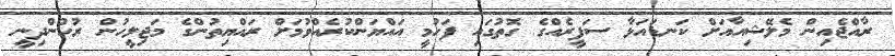
ރާއްޖެއިން މެލޭޝިއާއަށް ކަނޑައަޅާ ސަފީރެއްގެ ގޮތުގައި ފަހުމީ އައްޔަންކުރެއްވުމަށް ރައްޔިތުންގެ މަޖިލީހުން ރުހުންދިނީ